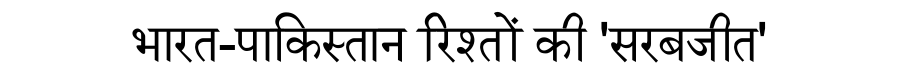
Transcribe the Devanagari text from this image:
भारत-पाकिस्तान रिश्तों की 'सरबजीत'